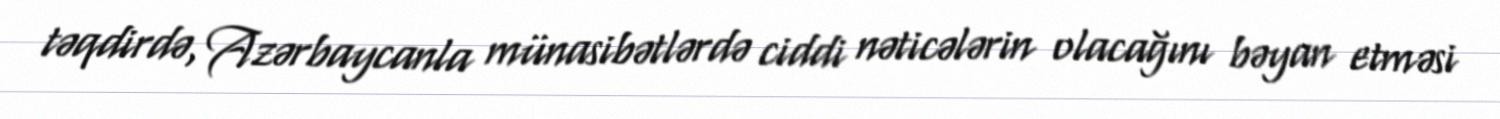
təqdirdə, Azərbaycanla münasibətlərdə ciddi nəticələrin olacağını bəyan etməsi